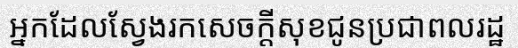
អ្នកដែលស្វែងរកសេចក្តីសុខជូនប្រជាពលរដ្ឋ